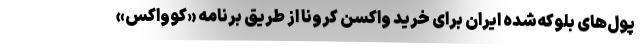
پول‌های بلوکه‌شده ایران برای خرید واکسن کرونا از طریق برنامه «کوواکس»